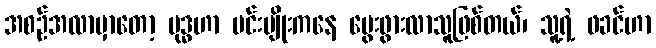
အစဉ်အလာမှာတော့ ဗုဒ္ဓဟာ မင်းမျိုးကနေ မွေးဖွားလာသူဖြစ်တယ်၊ သူ့ရဲ့ ဖခင်ဟာ